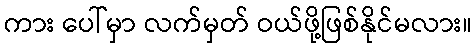
ကား ပေါ်မှာ လက်မှတ် ဝယ်ဖို့ဖြစ်နိုင်မလား။